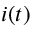
i ( t )